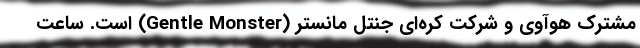
مشترک هوآوی و شرکت کره‌ای جنتل مانستر (Gentle Monster) است. ساعت